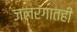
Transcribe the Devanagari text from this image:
जलरंगातही